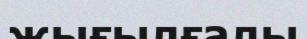
жығылғалы